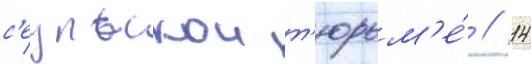
с'еульскои т'юрьм'е́ // 14